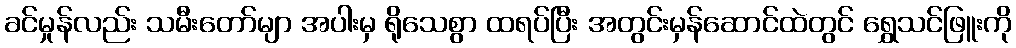
ခင်မှုန်လည်း သမီးတော်မျာ အပါးမှ ရိုသေစွာ ထရပ်ပြီး အတွင်းမှန်ဆောင်ထဲတွင် ရွှေသင်ဖြူးကို